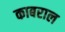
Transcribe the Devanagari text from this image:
काबराल